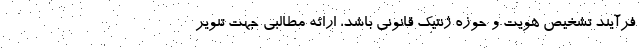
فرآیند تشخیص هویت و حوزه ژنتیک قانونی باشد، ارائه مطالبی جهت تنویر